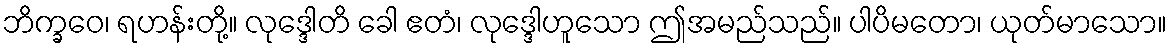
ဘိက္ခဝေ၊ ရဟန်းတို့။ လုဒ္ဒေါတိ ခေါ ဧတံ၊ လုဒ္ဒေါဟူသော ဤအမည်သည်။ ပါပိမတော၊ ယုတ်မာသော။